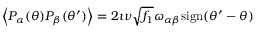
\left\langle P _ { \alpha } ( \theta ) P _ { \beta } ( \theta ^ { \prime } ) \right\rangle = 2 \imath \nu \sqrt { f _ { 1 } } \omega _ { \alpha \beta } \mathrm { s i g n } ( \theta ^ { \prime } - \theta )